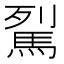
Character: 𩢾